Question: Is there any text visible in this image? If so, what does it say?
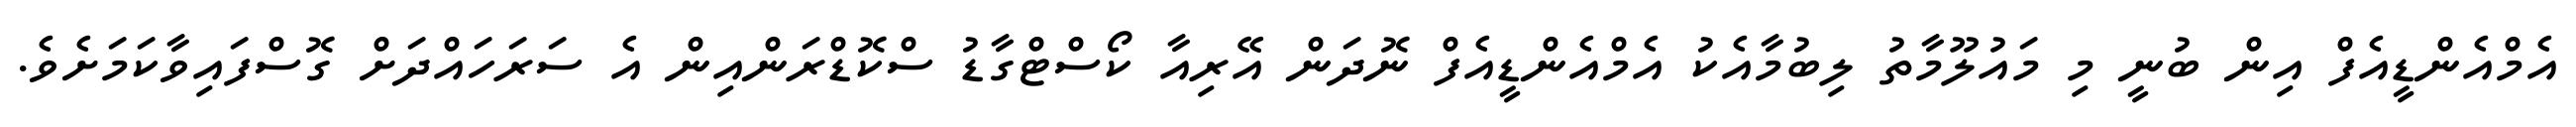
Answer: އެމްއެންޑީއެފް އިން ބުނީ މި މައުލޫމާތު ލިބުމާއެކު އެމްއެންޑީއެފް ނޮދަން އޭރިއާ ކޯސްޓްގާޑު ސްކޮޑްރަންއިން އެ ސަރަހައްދަށް ގޮސްފައިވާކަމަށެވެ.